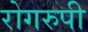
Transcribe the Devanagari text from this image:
रोगरुपी